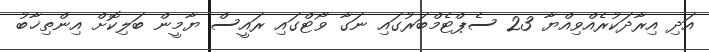
އަދި އިރާދަކުރެއްވިއްޔާ 23 ސެޕްޓެމްބަރުގައި ނަގާ ވޯޓްގައި ރައީސް ޔާމީން ބަލިކޮށް އިންތިޚާބު